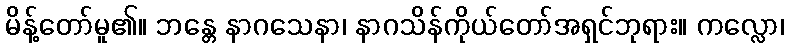
မိန့်တော်မူ၏။ ဘန္တေ နာဂသေနာ၊ နာဂသိန်ကိုယ်တော်အရှင်ဘုရား။ ကလ္လော၊